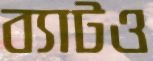
ব্যাটও